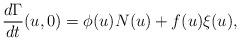
LaTeX: \begin{align*}\frac{d\Gamma}{dt}(u,0)= \phi(u)N(u)+f(u) \xi(u),\end{align*}